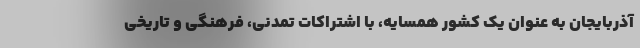
آذربایجان به عنوان یک کشور همسایه، با اشتراکات تمدنی، فرهنگی و تاریخی